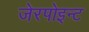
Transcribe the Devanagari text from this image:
जेरपोइन्ट